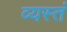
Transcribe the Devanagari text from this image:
व्यस्तं